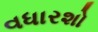
વધારશો